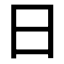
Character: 日